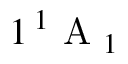
1 \, ^ { 1 } \mathrm { ~ A ~ } _ { 1 }